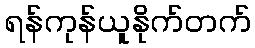
ရန်ကုန်ယူနိုက်တက်